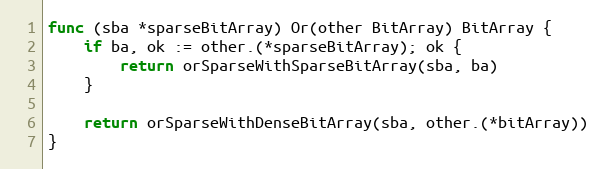
Language: Go
func (sba *sparseBitArray) Or(other BitArray) BitArray {
	if ba, ok := other.(*sparseBitArray); ok {
		return orSparseWithSparseBitArray(sba, ba)
	}

	return orSparseWithDenseBitArray(sba, other.(*bitArray))
}